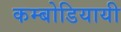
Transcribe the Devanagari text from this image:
कम्बोडियायी